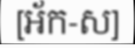
[អ័ក-ស]